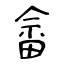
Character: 畲